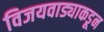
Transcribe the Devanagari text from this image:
विजयवाड्याकडून